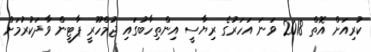
ކުރިއަށް އޮތް 2018 ވަަނަ އަހަރުގެ ރިޔާސީ އިންތިހާބުގައި ޖުމްހޫރީ ޕާޓީން ވާދަކުރުމަށް